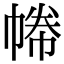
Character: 𢄑